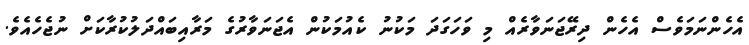
އެހެންނަމަވެސް އެހެން ދިރޭޖަނަވާރެއް މި ވަހަގަދަ މަކުނު ކެއުމަކުން އެޖަނަވާރުގެ މަރާއިބައްދަލުކުރާކަށް ނުޖެހެއެވެ.